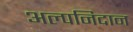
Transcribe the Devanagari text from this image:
अल्पनिदान